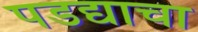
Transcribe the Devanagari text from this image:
पडद्याचा